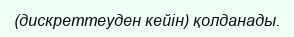
(дискреттеуден кейін) қолданады.